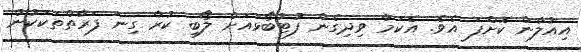
އިއުލާން ކޮށްފަ އެވެ. އެކަމާ ވިދިގެން ފުޓުބޯޅައަށް ލޯބި ކުރާ ގިނަ ފަރާތްތަކަކުން